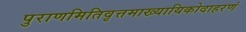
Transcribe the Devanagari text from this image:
पुराणमितिवृत्तमाख्यायिकोदाहरणं